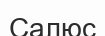
Салюс